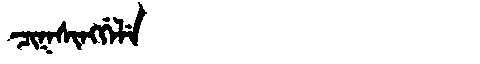
Manchu: ᠴᡳᡴᠰᡳᠩᡤᡝᠯᡝ
Romanization: CIKSINGGELE